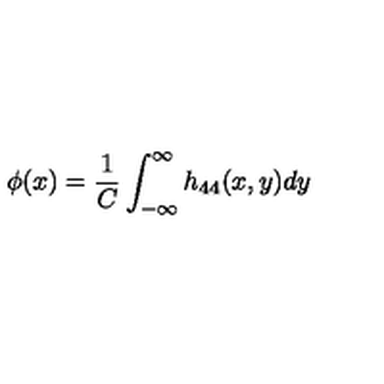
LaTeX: \phi ( x ) = \frac { 1 } { C } \int _ { - \infty } ^ { \infty } h _ { 4 4 } ( x , y ) d y